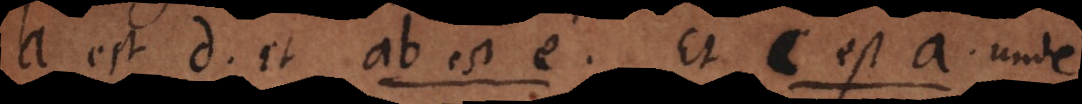
a est d, et ab est e, et c est a, unde